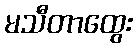
မသီတာထွေး